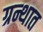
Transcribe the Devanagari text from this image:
ग्रन्थात